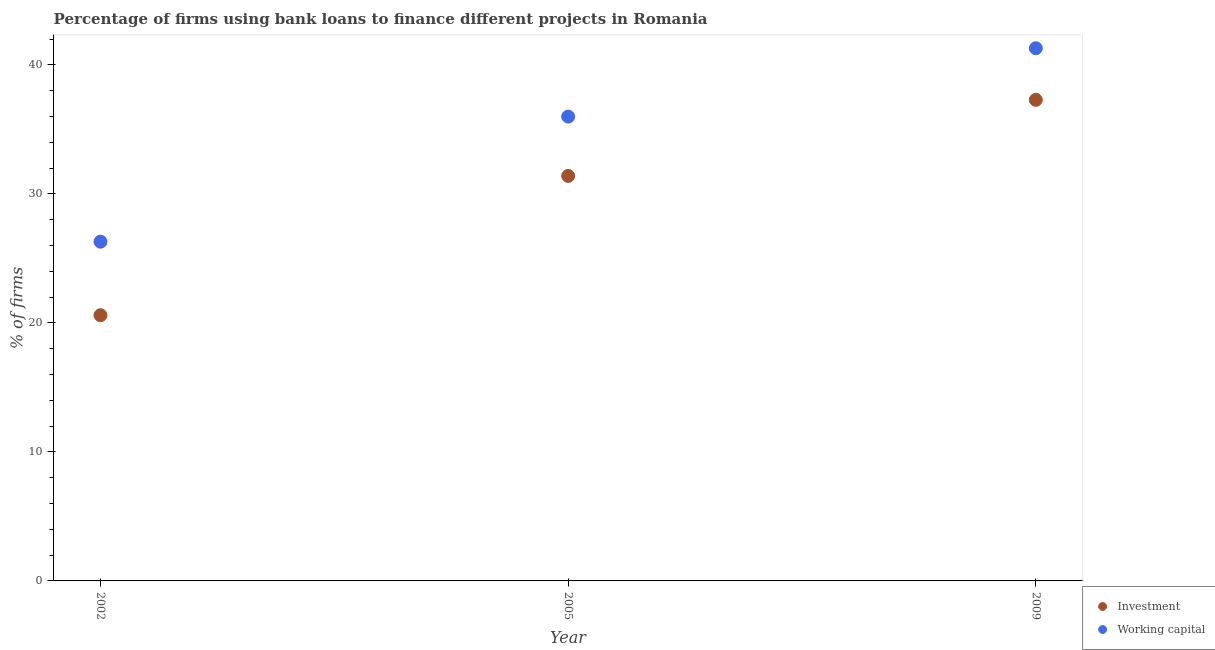
| Year | Investment | Working capital |
 | --- | --- | --- |
 | 2002 | 20.6 | 26.3 |
 | 2005 | 31.4 | 36 |
 | 2009 | 37.3 | 41.3 |